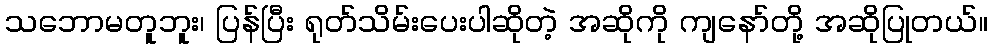
သဘောမတူဘူး၊ ပြန်ပြီး ရုတ်သိမ်းပေးပါဆိုတဲ့ အဆိုကို ကျနော်တို့ အဆိုပြုတယ်။